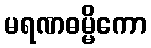
မရဏဓမ္မိကော